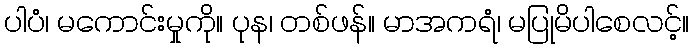
ပါပံ၊ မကောင်းမှုကို။ ပုန၊ တစ်ဖန်။ မာအကရံ၊ မပြုမိပါစေလင့်။